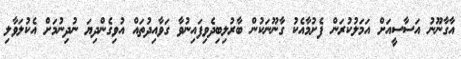
އާގާނޫނު އަސާސީއަށް އަމަލުކުރަން ފެށުމާއެކު ގާނޫނަކުން ބާރުލިބިދެވިފައިނުވާ ގަވާއިދުތައް އުވިގެންދިޔަ ނުދިނުމަށް އެކުލަވާލި